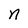
Character: n